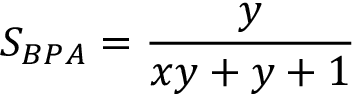
S _ { B P A } = { \frac { y } { x y + y + 1 } }